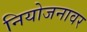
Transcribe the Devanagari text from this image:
नियोजनावर